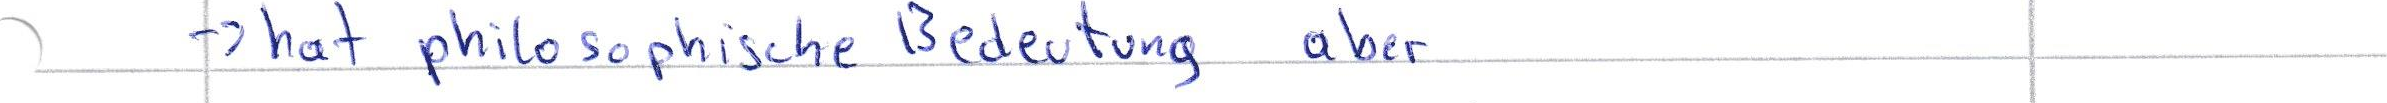
-> hat philosophische Bedeutung aber